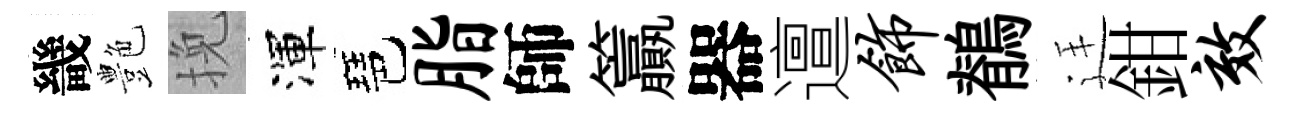
畿艶挽渾琶脂師籯器邅饰鶺廷鉗效